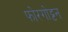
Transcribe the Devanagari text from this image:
फोरगोट्टन